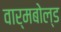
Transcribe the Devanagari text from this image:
वार्मबोल्ड